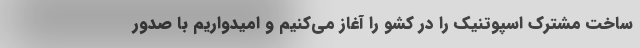
ساخت مشترک اسپوتنیک را در کشو را آغاز می‌کنیم و امیدواریم با صدور